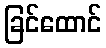
ခြင်ထောင်